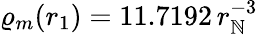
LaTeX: \varrho_{m}(r_{1})=11.7192\, r_{\mathbb{N}}^{-3}